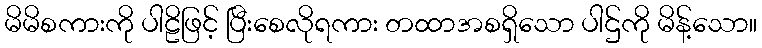
မိမိစကားကို ပါဠိဖြင့် ပြီးစေလိုရကား တထာအစရှိသော ပါဌ်ကို မိန့်သော။